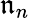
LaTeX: {\mathfrak{n}}_{n}